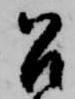
召